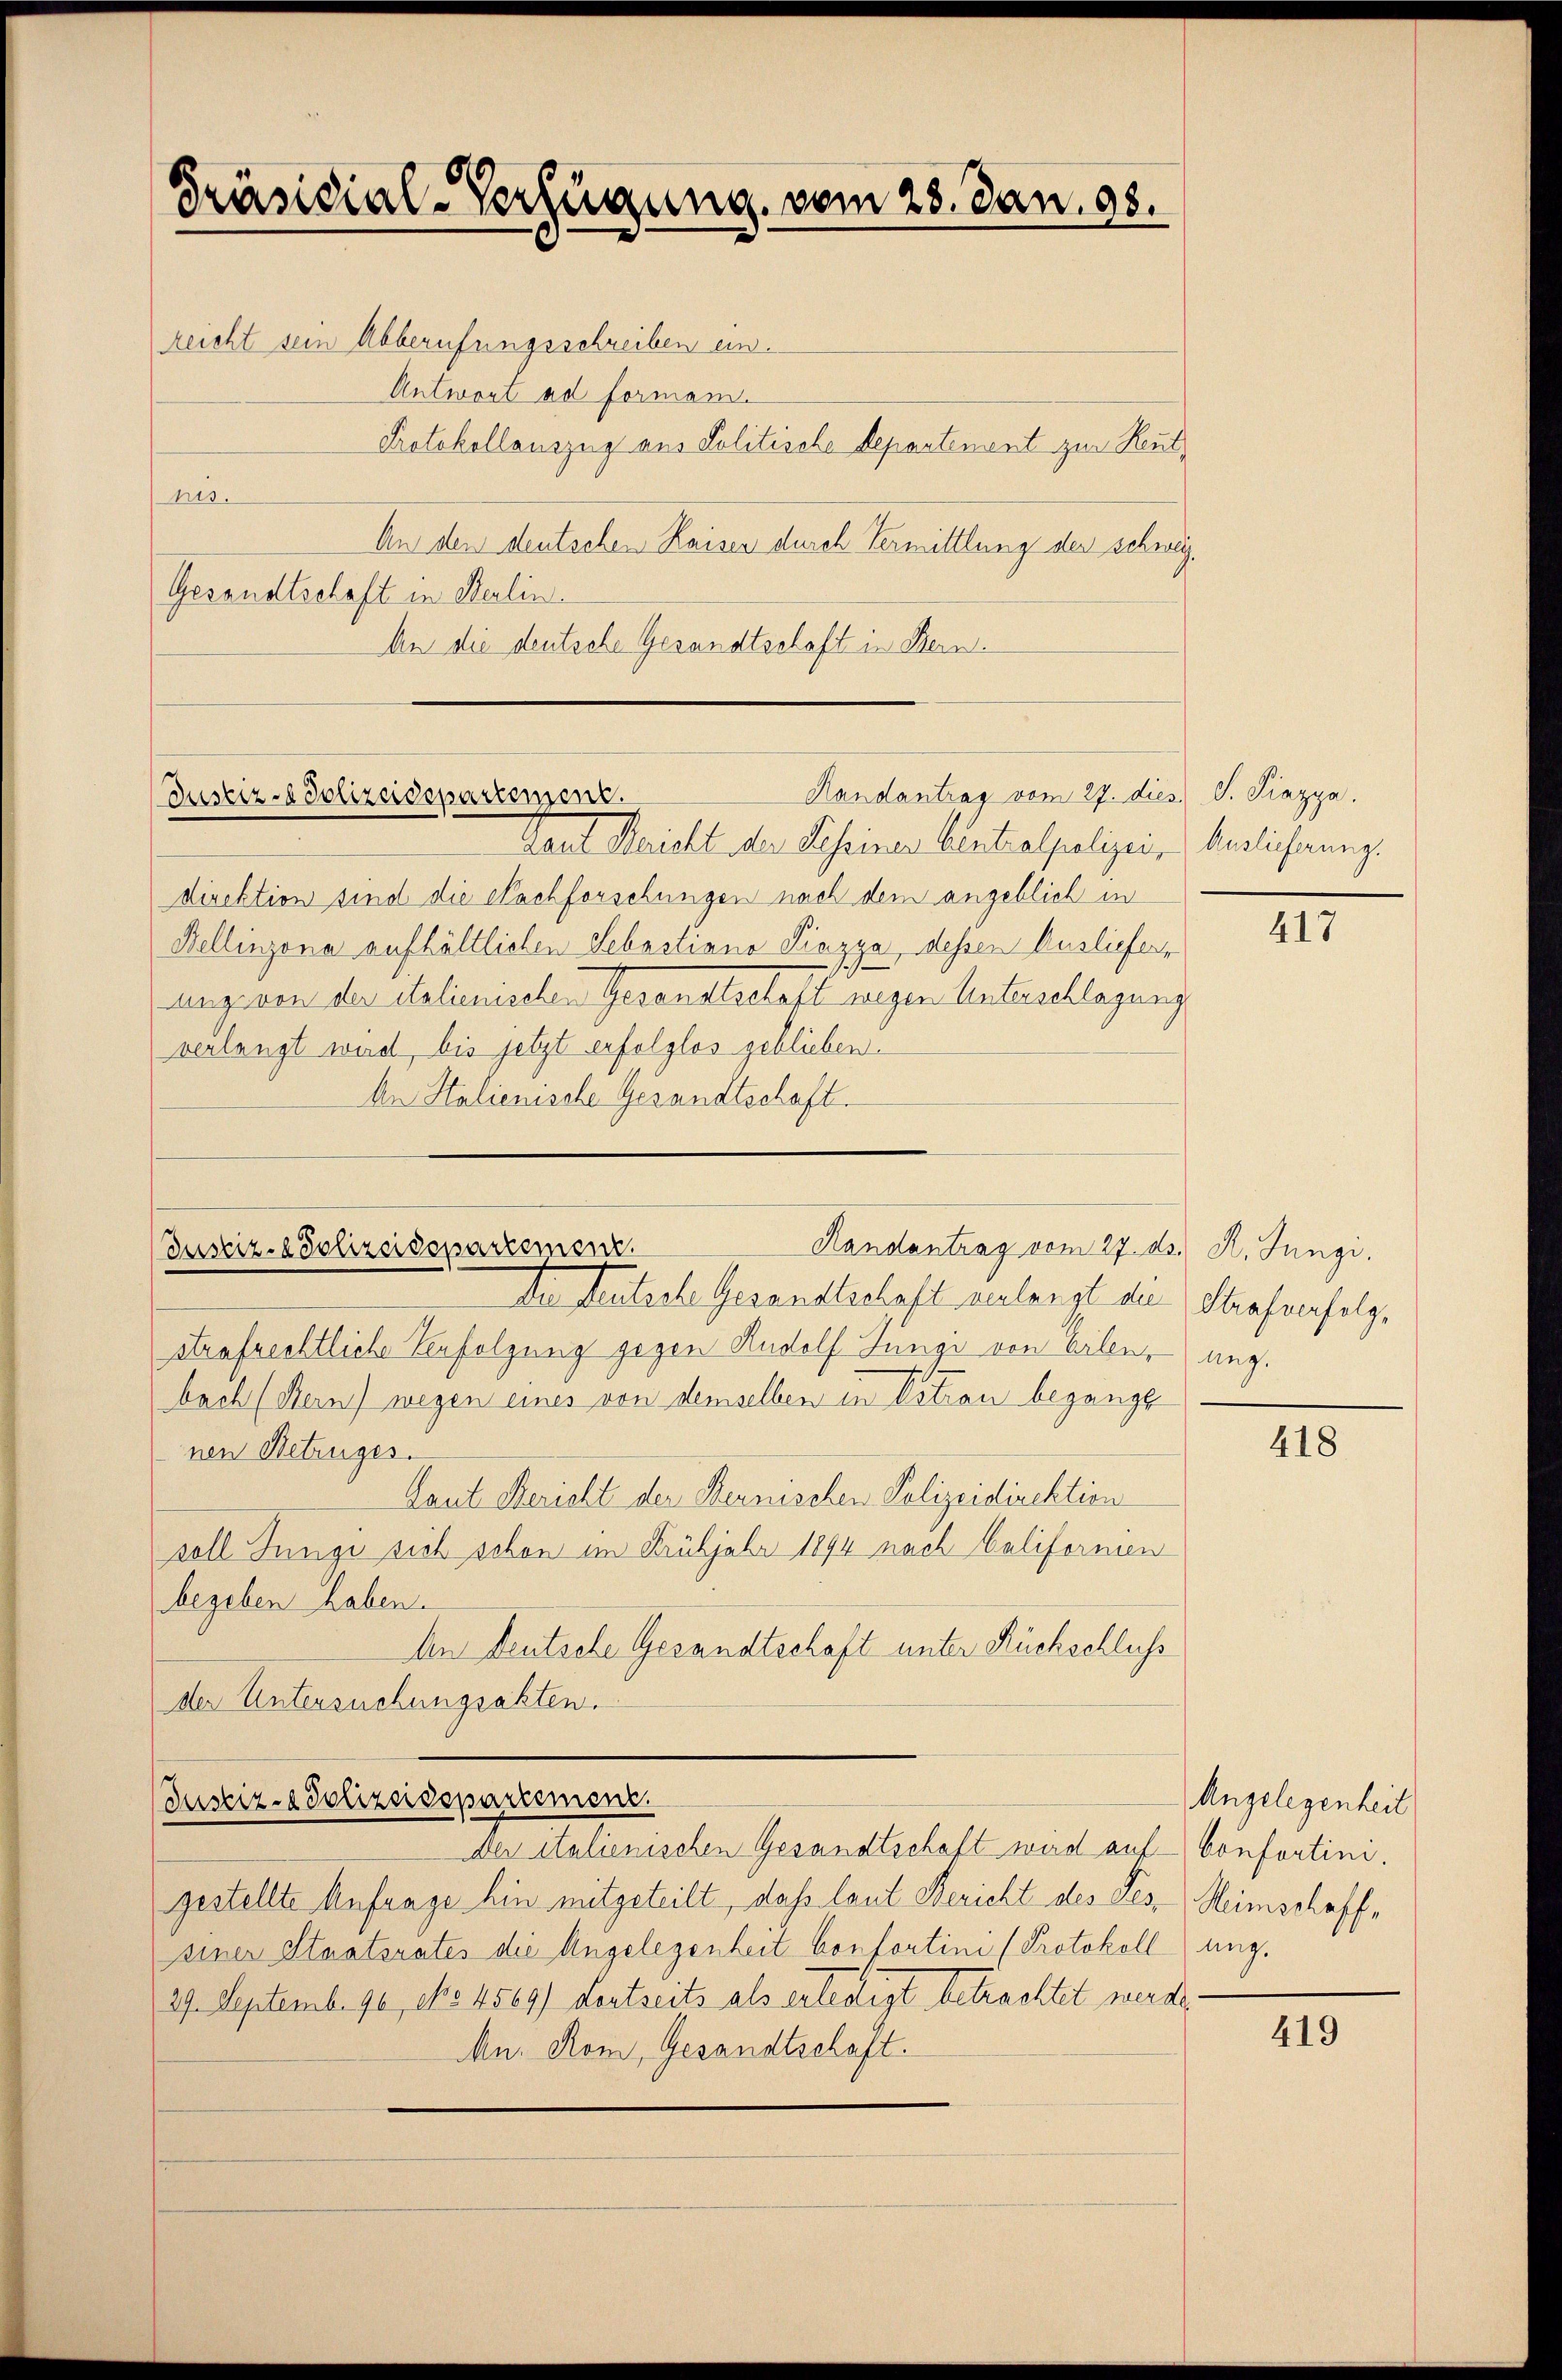
Präsidial-Verfügung vom 23. Jan. 98.
reicht sein Abberufungsschreiben ein.
Antwort ad formen.
Protokollauszug aus Politische Departenant zur Reut

nis.
An den deutschen Kaisen durch Vermittlung der schweiz.
Gesandtschaft in Sterlin.
An die deutsche Gesandtschaft in Bern.

Randantrag vom 27. dies J. Piazya.
Justiz- & Polizeidepartement.

taut Maricht der Scheinen Centralpolizei- Auslicherung.
direktion sind die Nachforschungen nach dem angeblich in
Bellinzona aufhältlichen Sebastiana Piazza, dessen Ausliefer,
ung von der italienischen Gesandtschaft wegen Unterschlagung
verlangt wird, bis jetzt erfolglos geblieben.
An Stalienische Gesandtschaft.

Handantrag vom 27. ds. R. Jungi.
Justiz- & Polizeidepartement.
Du steutsche Gesandtschaft verlangt die Strafverfolg¬

strafrechtliche Befolgung gegen Rudolf Junge von Eilen, ung.
bach (Bern) wegen eines von demselben in Vitrau begange
nen Betruges.
Laut Bericht der Bernischen Polizeidirektion
soll Junge sich schon im Frühjahr 1894 nach Califormen
begeben haben.
An Deutsche Gesandtschaft unter Rückschluss
der Untersuchungsakten.
Justiz- & Polizeidepartement.
Der italienischen Gesandtschaft wird auf-
gestellte Anfrage hin mitgeteilt, daß laut Bericht des Tes-
einer Staatsrates die Angelegenheit Confortini (Protokoll
29. Septemb. 90, No 4569) dortseits als erledigt betrachtet werde
Mn. Rom, Gesandtschaft.

417

418

Angelegenheit
Confertini.
Heimschaffe
ung.

419